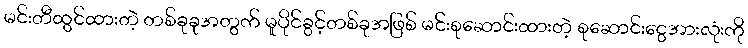
မင်းတီထွင်ထားတဲ့ တစ်ခုခုအတွက် မူပိုင်ခွင့်တစ်ခုအဖြစ် မင်းစုဆောင်းထားတဲ့ စုဆောင်းငွေအားလုံးကို